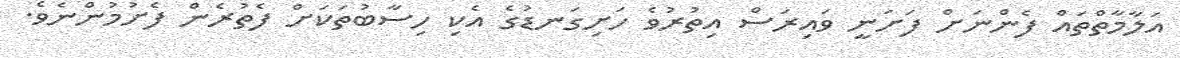
އަލާމާތްތައް ފެންނަށް ފަށަނީ ވައިރަސް އިތުރުވެ ހަށިގަނޑުގެ އެކި ހިސާބުތަކަށް ފެތުރެން ފެށުމުންނެވެ.